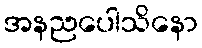
အနညပေါသိနော